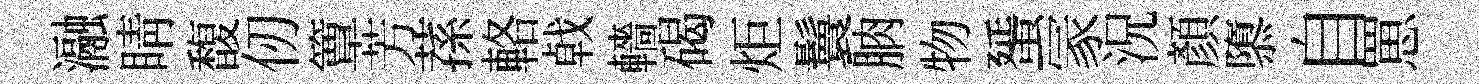
瀜睛馥仞簟芳蓀輅㦸轖碣炬鬟朒物蜑冡況顏隳自罳